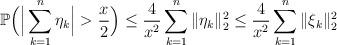
LaTeX: \begin{align*}{\mathbb P} \Big( \Big |\sum_{k=1}^n \eta_k \Big | > \frac x 2\Big) \leq \frac{4}{x^2} \sum_{k=1}^n \|\eta_k\|_2^2 \leq \frac{4}{x^2} \sum_{k=1}^n \|\xi_k\|_2^2\end{align*}